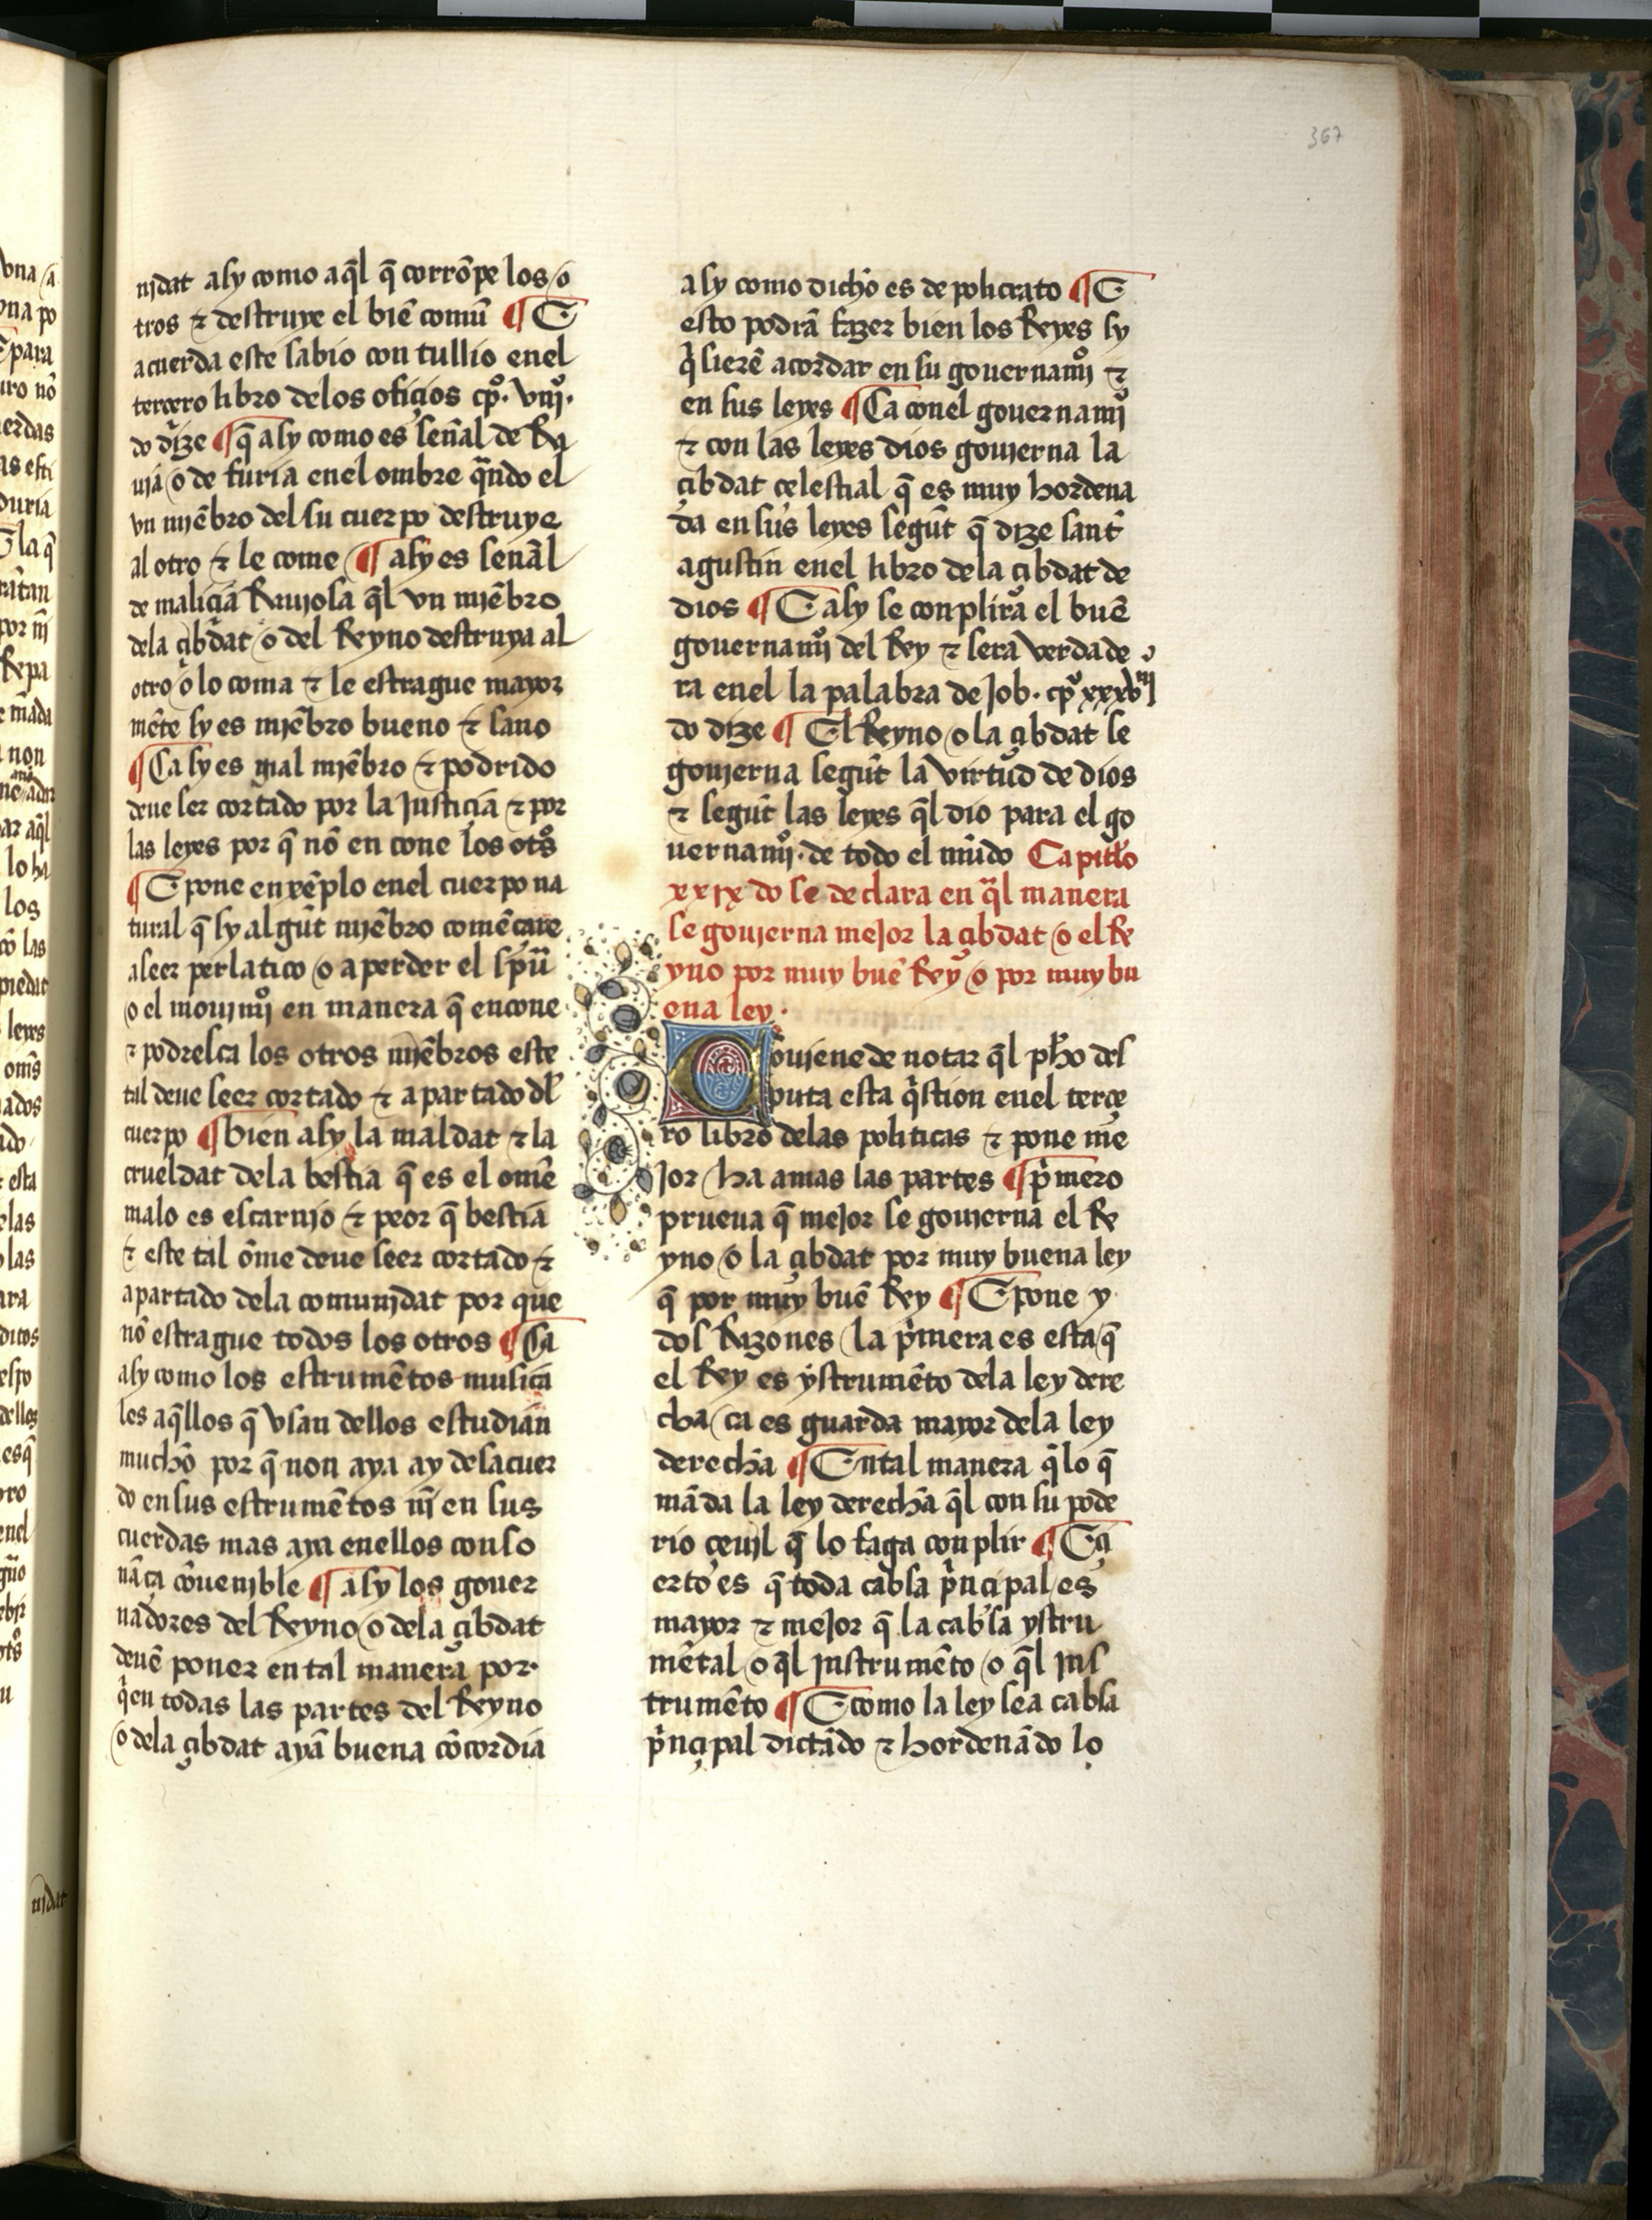
Shelfmark: Salamanca, Biblioteca Histórica USAL, 2709
Century: 15